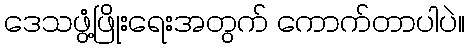
ဒေသဖွံ့ဖြိုးရေးအတွက် ကောက်တာပါပဲ။